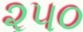
૨૫૦